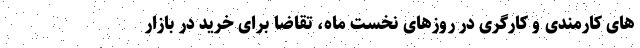
های کارمندی و کارگری در روزهای نخست ماه، تقاضا برای خرید در بازار